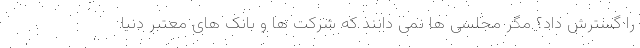
را گسترش داد؟ مگر مجلسی ها نمی دانند که شرکت ها و بانک های معتبر دنیا